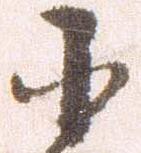
小